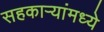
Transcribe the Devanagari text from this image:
सहकाऱ्यांमध्ये